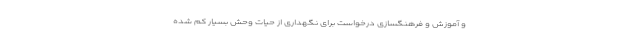
و آموزش و فرهنگسازی درخواست برای نگهداری از حیات وحش بسیار کم شده